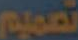
تصميم